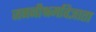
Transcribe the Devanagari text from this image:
जननीश्रमविज्ञाता